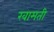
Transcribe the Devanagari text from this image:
खामती